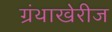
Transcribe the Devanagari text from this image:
ग्रंथाखेरीज